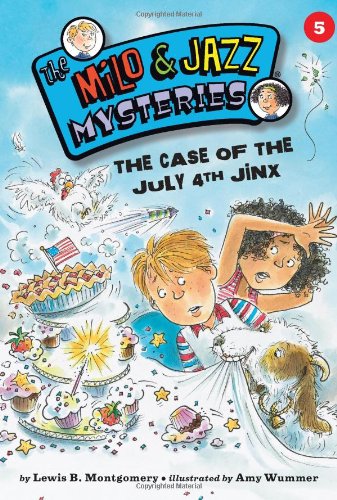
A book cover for The Case of the July 4th Jinx (Milo and Jazz Mysteries); Lewis B. Montgomery; Children's Books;